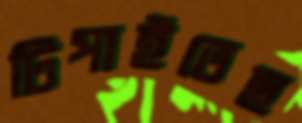
টিপাইতেছ